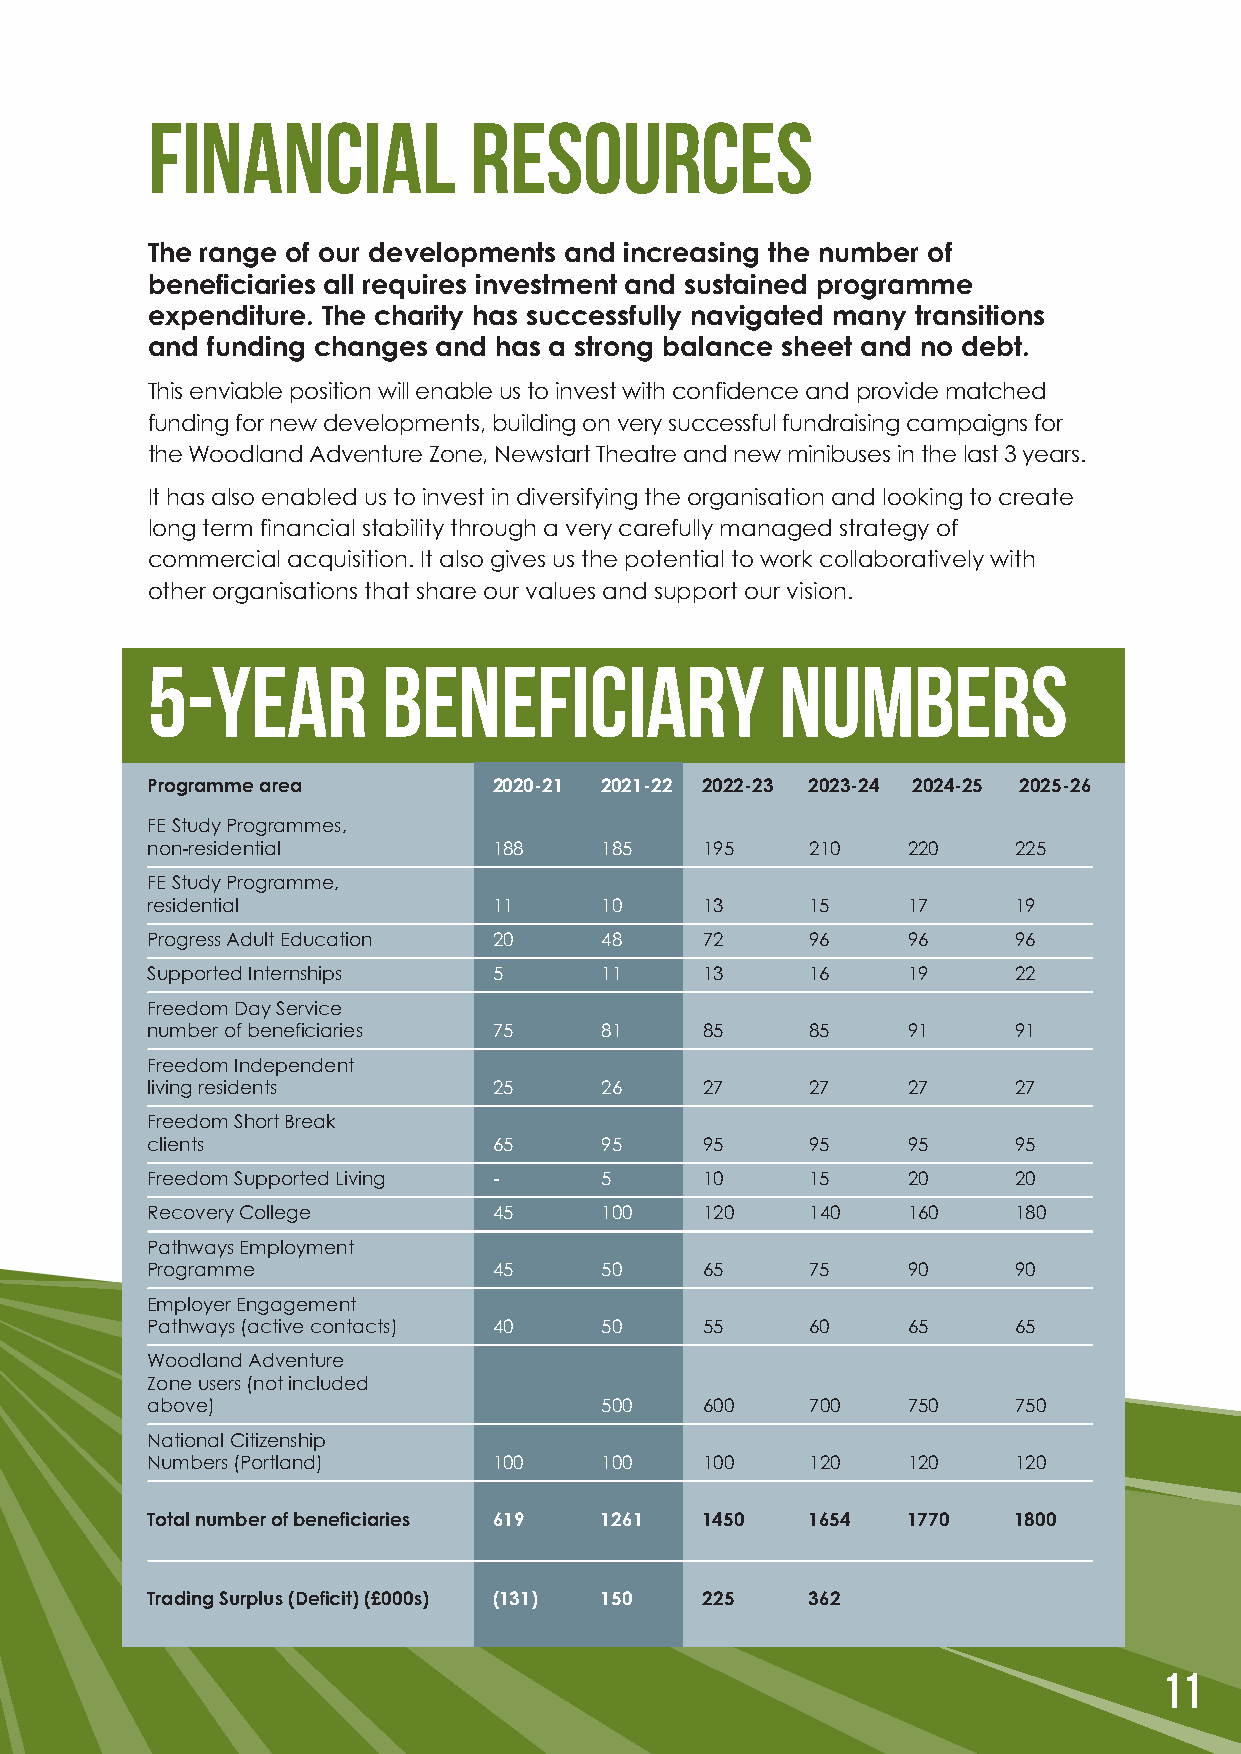
Financial            resources
 The range of our developments and increasing the number of
 beneficiaries all requires investment and sustained programme
 expenditure. The charity has successfully navigated many transitions
 and funding changes and has a strong balance sheet and no debt.
 This enviable position will enable us to invest with confidence and provide matched
 funding for new developments, building on very successful fundraising campaigns for
 the Woodland Adventure Zone, Newstart Theatre and new minibuses in the last 3 years.
 It has also enabled us to invest in diversifying the organisation and looking to create
 long term financial stability through a very carefully managed strategy of
 commercial acquisition. It also gives us the potential to work collaboratively with
 other organisations that share our values and support our vision.
 5-year         beneficiary                numbers
 Programme area         2020-21 2021-22 2022-23 2023-24 2024-25 2025-26
 FE Study Programmes,
 non-residential        188    185    195    210   220    225
 FE Study Programme,
 residential            11     10     13     15    17     19
 Progress Adult Education 20   48     72     96    96     96
 Supported Internships  5      11     13     16    19     22
 Freedom Day Service
 number of beneficiaries 75    81     85     85    91     91
 Freedom Independent
 living residents       25     26     27     27    27     27
 Freedom Short Break
 clients                65     95     95     95    95     95
 Freedom Supported Living -    5      10     15    20     20
 Recovery College       45     100    120    140   160    180
 Pathways Employment
 Programme              45     50     65     75    90     90
 Employer Engagement
 Pathways (active contacts) 40 50     55     60    65     65
 Woodland Adventure
 Zone users (not included
 above)                        500    600    700   750    750
 National Citizenship
 Numbers (Portland)     100    100    100    120   120    120
 Total number of beneficiaries 619 1261 1450 1654  1770   1800
 Trading Surplus (Deficit) (£000s) (131) 150 225 362
 11